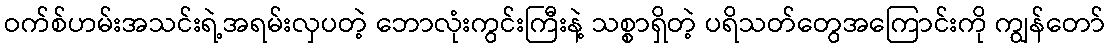
ဝက်စ်ဟမ်းအသင်းရဲ့အရမ်းလှပတဲ့ ဘောလုံးကွင်းကြီးနဲ့ သစ္စာရှိတဲ့ ပရိသတ်တွေအကြောင်းကို ကျွန်တော်